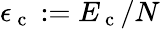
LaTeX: \epsilon_{\mathrm{~c~}}:=E_{\mathrm{~c~}}/N